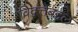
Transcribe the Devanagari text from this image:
विद्वत्तेबद्दल